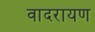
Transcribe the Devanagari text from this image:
वादरायण